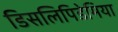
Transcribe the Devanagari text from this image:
डिसलिपिडेमिया